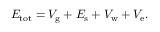
E _ { \mathrm { t o t } } = V _ { \mathrm { g } } + E _ { \mathrm { s } } + V _ { \mathrm { w } } + V _ { \mathrm { e } } .